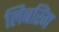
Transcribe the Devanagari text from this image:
लिबरिंग